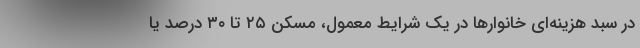
در سبد هزینه‌ای خانوارها در یک شرایط معمول، مسکن ۲۵ تا ۳۰ درصد یا